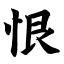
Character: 恨